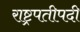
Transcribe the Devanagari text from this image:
राष्ट्रपतीपदी